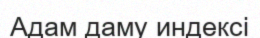
Адам даму индексі